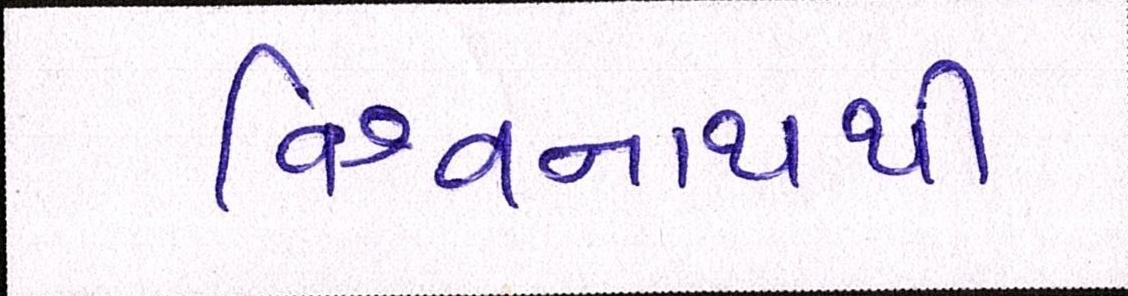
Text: વિશ્વનાથથી